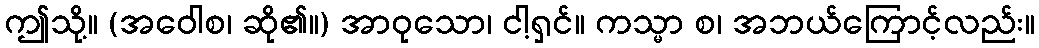
ဤသို့။ (အဝေါစ၊ ဆို၏။) အာဝုသော၊ ငါ့ရှင်။ ကသ္မာ စ၊ အဘယ်ကြောင့်လည်း။